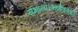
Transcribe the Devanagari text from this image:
संभाला।भार्गववंशी